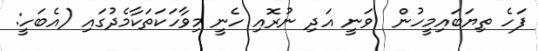
ފަހެ ތިޔަބައިމީހުން  ވަނީ އަދި ނުރޮއި ހެނީ މިވާހަކަތަކާމެދުގައި (އެބަހީ: